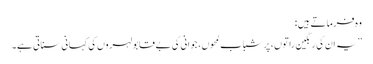
وہ فرماتے ہیں :
’’یہ ان کی رنگین راتوں، پر شباب لمحوں، جوانی کی بے قابو لہروں کی کہانی سناتی ہے۔